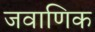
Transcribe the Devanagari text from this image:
जवाणिक